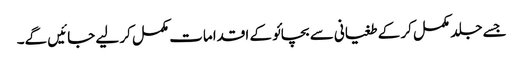
جسے جلد مکمل کر کے طغیانی سے بچائو کے اقدامات مکمل کر لیے جائیں گے۔